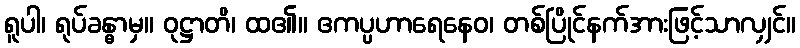
ရူပါ၊ ရုပ်ခန္ဓာမှ။ ဝုဋ္ဌာတိ၊ ထ၏။ ဧကပ္ပဟာရေနေဝ၊ တစ်ပြိုင်နက်အားဖြင့်သာလျှင်။